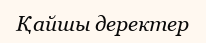
Қайшы деректер